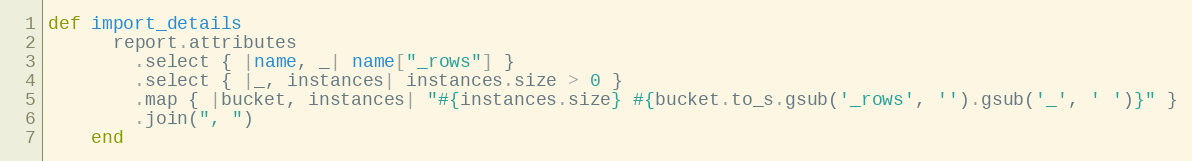
Language: Ruby
def import_details
      report.attributes
        .select { |name, _| name["_rows"] }
        .select { |_, instances| instances.size > 0 }
        .map { |bucket, instances| "#{instances.size} #{bucket.to_s.gsub('_rows', '').gsub('_', ' ')}" }
        .join(", ")
    end